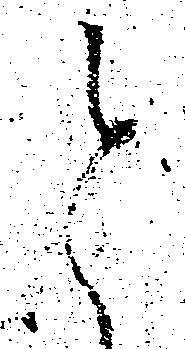
と